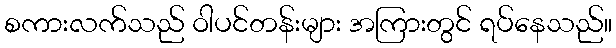
စကားလက်သည် ဝါပင်တန်းများ အကြားတွင် ရပ်နေသည်။